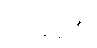
သမပ္ပိတံ